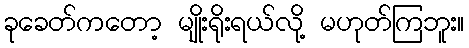
ခုခေတ်ကတော့ မျိုးရိုးရယ်လို့ မဟုတ်ကြဘူး။